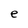
Character: e